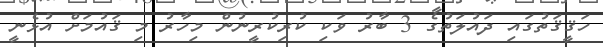
ހަޤީޤަތުގައި ދައުލަތުގެ 3 ބާރު ވަކި ކުރިކުރީނުން މިހާރު މި ޤައުމަށް އުޅެނީ